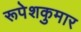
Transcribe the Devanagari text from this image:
रूपेशकुमार